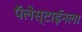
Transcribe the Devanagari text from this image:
पॅलेस्टाईनला